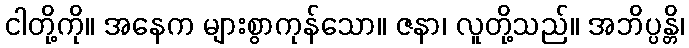
ငါတို့ကို။ အနေက များစွာကုန်သော။ ဇနာ၊ လူတို့သည်။ အဘိပ္ပန္တိ၊